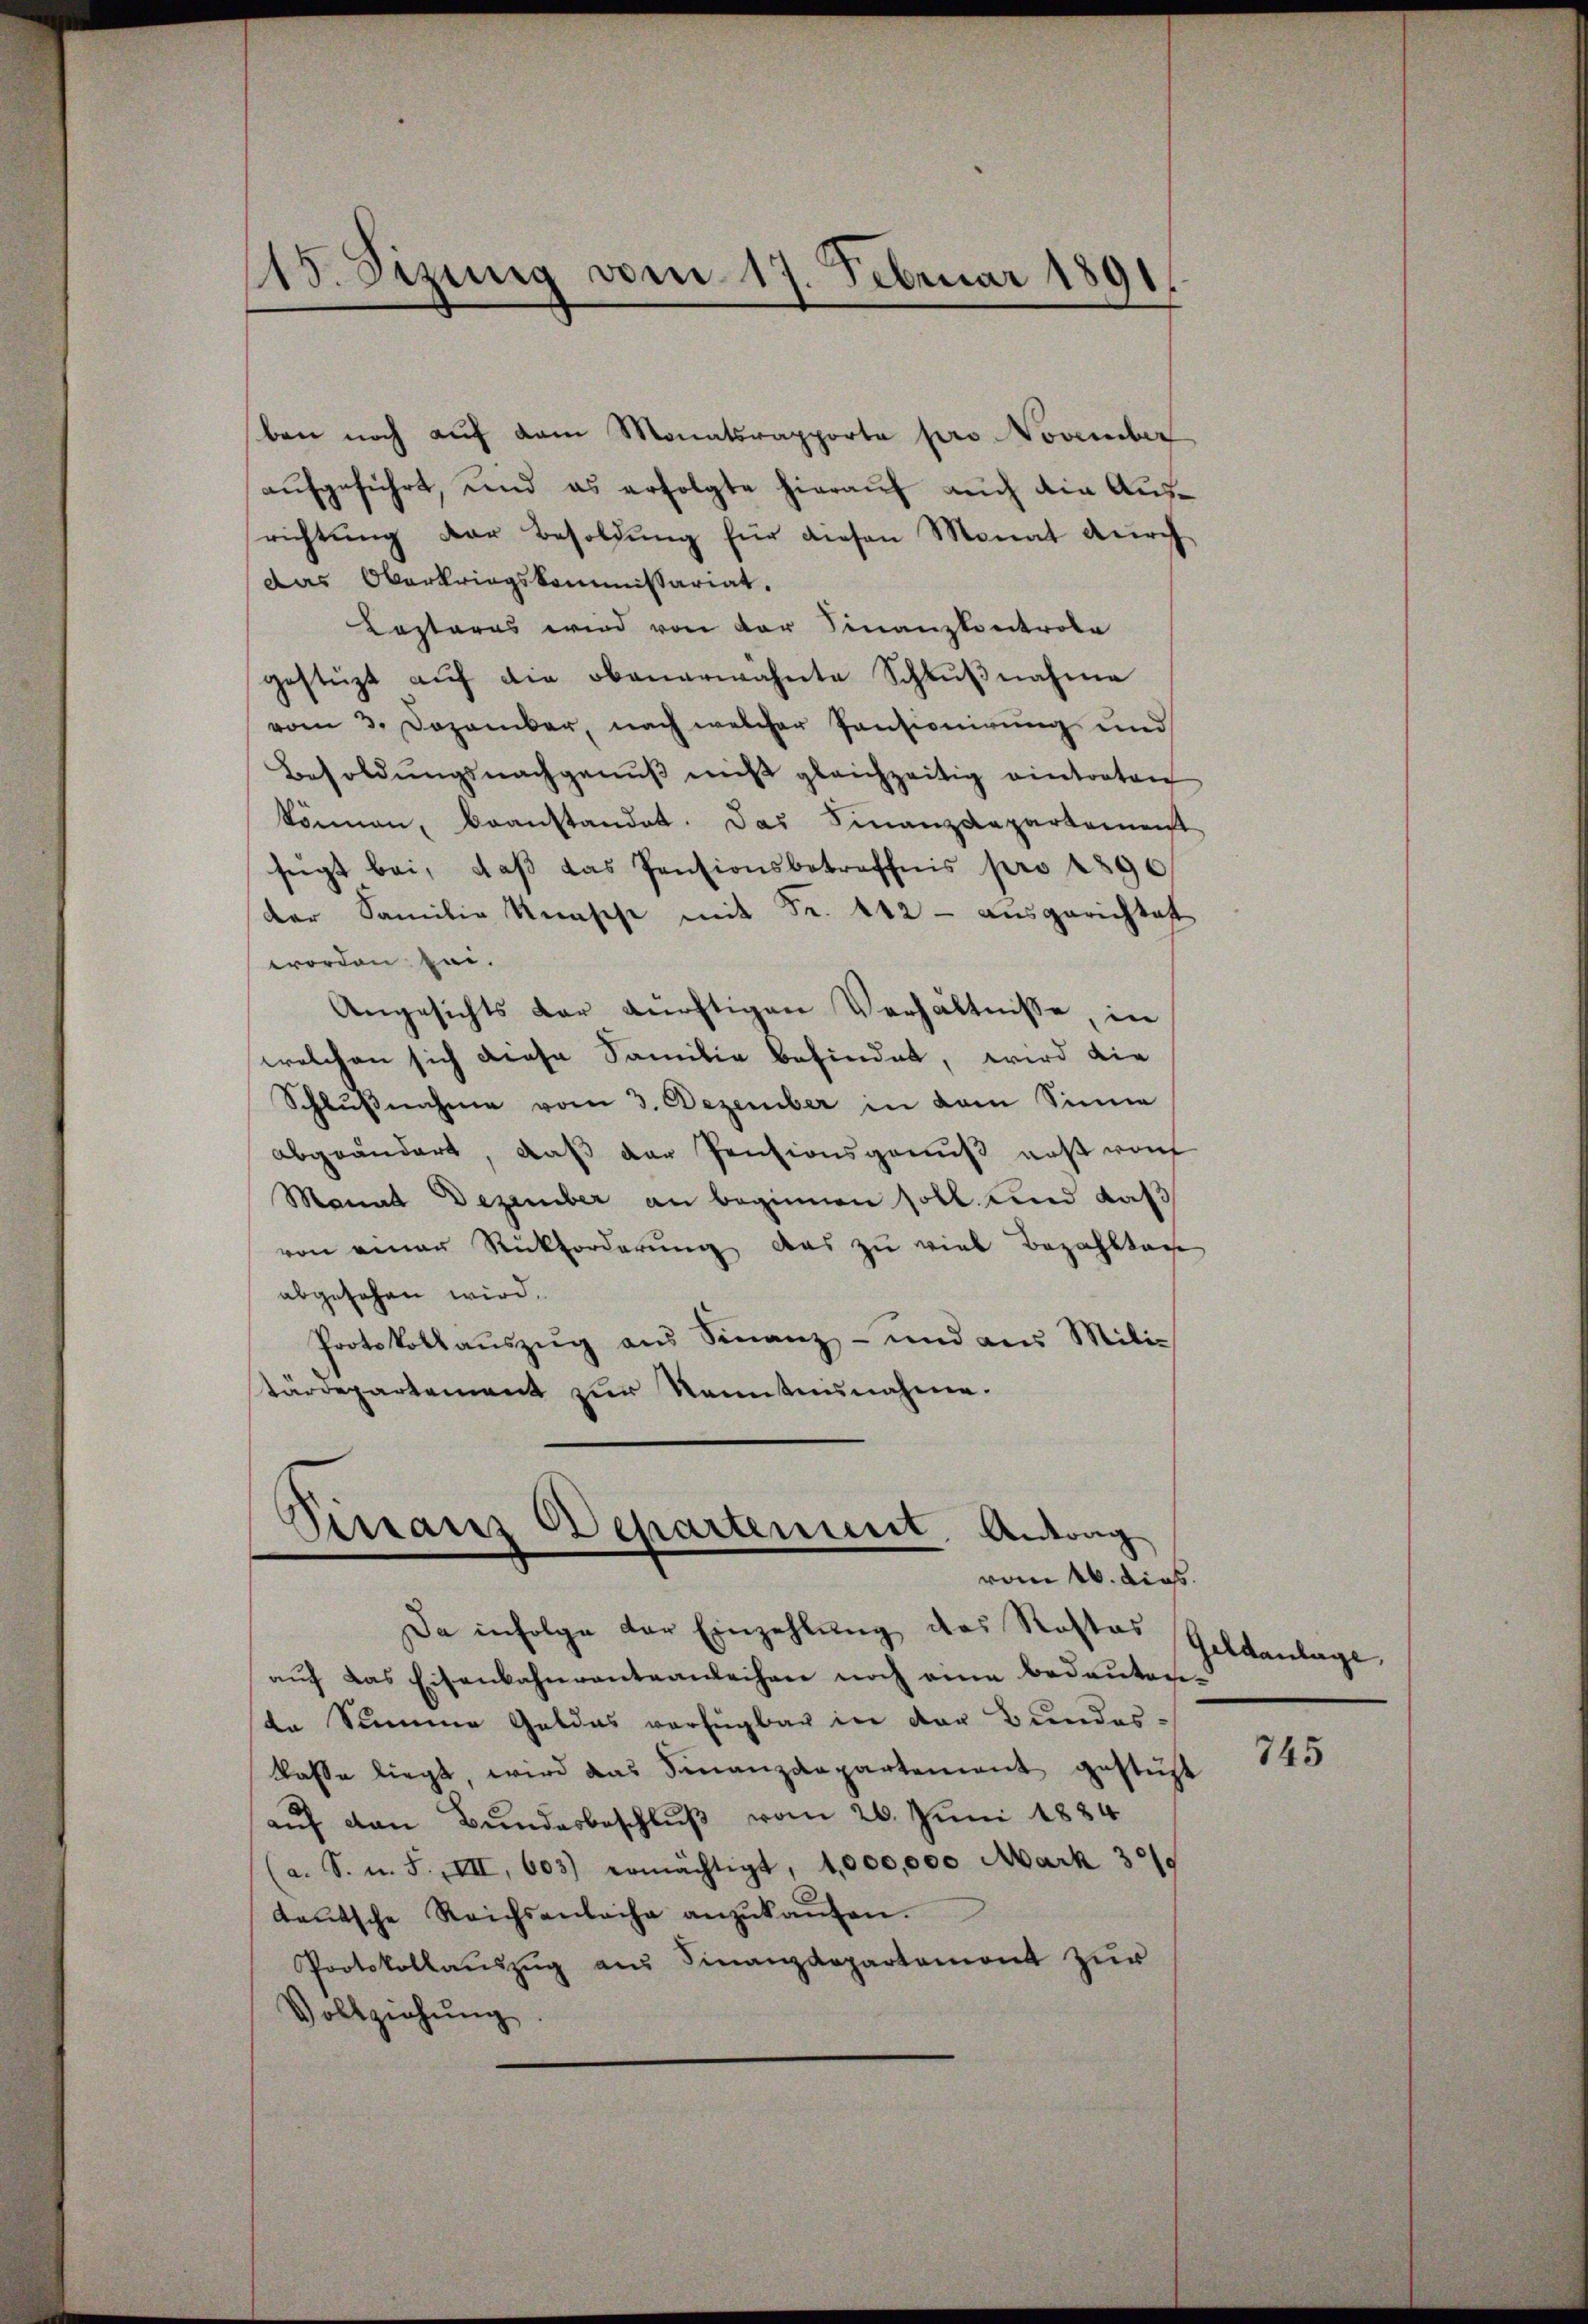
115. Sizung vom 17. Februar 1891.

ben noch auf dem Monatsrapporta pro November
aufgeführt, und es erfolgte hierauf auch die Ausrichtŭng der Besoldŭng für diesen Monat durch
das Oberkriegskommissariat.
Kastares wird von der Finanzkontrole
gestüzt aŭf die obenerwähnte Schlŭβnahme
vom 3. Dezember, nach welcher Pensionirung und
Besoldŭngsnachgenŭβ nicht gleichzeitig eintreten
können, beanstandet. Das Finanzdepartement
fügt bei, daβ das Pensionsbetreffnis pro 1890
der Familie Knasche mit Fr. 442 - ausgerichtet
worden sei.
Angesichts dar dürftigen Verhältnisse, in
welchen sich diese Familie befindet, wird die
Schlußnahme vom 3. Dezember in dem Sinne
abgeändert, daß der Pensionsgenuß erst von
Manat Dezember an beginnen soll und daß
von einer Rückforderung das zu viel Bezahltag
abgesehen wird.
Protokollaŭszŭg aŭs Finanz- und aus Mili-
tärdepartement zur Kenntnisnahme.

Sinaus Departement Antrag
vom 16. dies

Da infolge der Einzahlung des Rostos Geldanlage
aŭf das Eisenbahnvanteanleihen noch eine bedeuten-
de Summe Geldes verfügbar in der Bundes-
kasse liegt, wird das Finanzdepartement gestüzt
aŭf den Bundesbeschlŭβ vom 26. Juni 1884
a. S. u. F. VII, 603) ermächtigt, 1,000,000 Mark 301.
deŭtsche Reichsenbache anzŭkaŭfen.
Protokollauszug aus Finanzdepartemont zur
Vollziehung

745